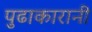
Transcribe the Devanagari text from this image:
पुढाकारानी